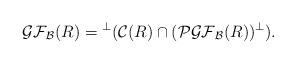
LaTeX: \begin{align*}\mathcal{GF}_{\mathcal{B}}(R) = {}^\perp(\mathcal{C}(R) \cap (\mathcal{PGF}_{\mathcal{B}}(R))^\perp).\end{align*}